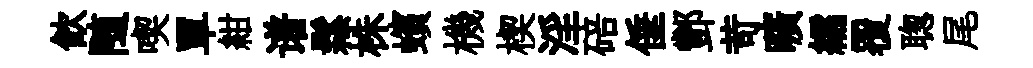
飮随喫單紺谱鬆株蠙機楔淫碚倕酆苛曠繻覆聦尾